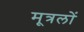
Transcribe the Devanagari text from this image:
मूत्रलों